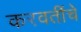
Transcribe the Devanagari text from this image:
करवतींचे